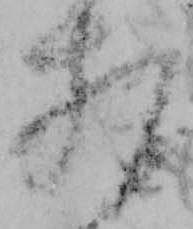
相